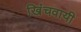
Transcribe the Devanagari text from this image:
खिंचवायी